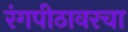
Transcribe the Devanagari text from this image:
रंगपीठावरचा